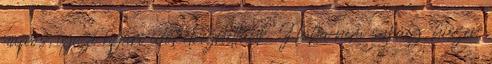
napos, igazi nyári időt élvezhettünk. Noha nem sokáig, hiszen